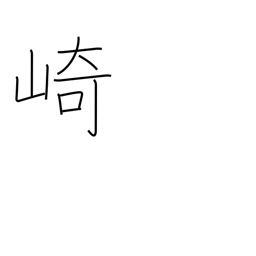
Meaning: promontory